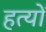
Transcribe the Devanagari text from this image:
हत्यों